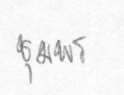
ชุมพร